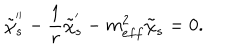
LaTeX: \tilde { \chi } _ { s } ^ { ' ^ { \prime } } - \frac { 1 } { r } \tilde { \chi } _ { s } ^ { ' } - m _ { e f f } ^ { 2 } \tilde { \chi } _ { s } = 0 .